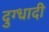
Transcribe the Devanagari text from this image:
दुग्धादी